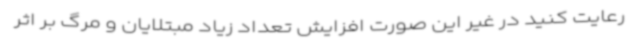
رعایت کنید در غیر این صورت افزایش تعداد زیاد مبتلایان و مرگ بر اثر